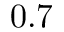
0 . 7